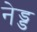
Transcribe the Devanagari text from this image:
नेड्ड